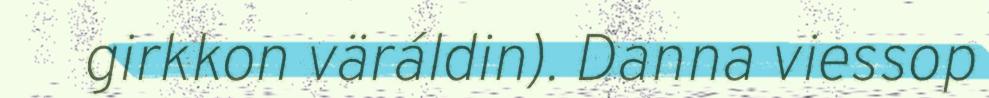
girkkon väráldin). Danna viessop